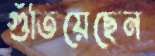
গুঁতিয়েছেন